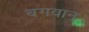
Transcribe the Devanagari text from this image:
बगवान